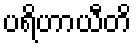
ပရိဟာယီတိ